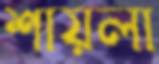
শায়লা